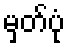
မှတ်ပုံ